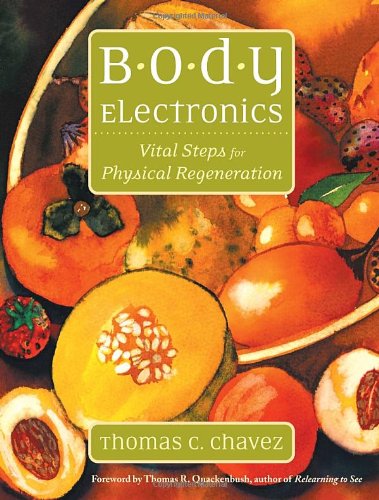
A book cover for Body Electronics: Vital Steps for Physical Regeneration; Thomas Chavez; Health, Fitness & Dieting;